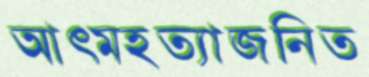
আত্মহত্যাজনিত